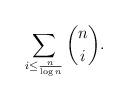
LaTeX: \begin{align*}\sum_{i\leq \frac{n}{\log n}}\binom{n}{i}.\end{align*}